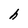
Character: h